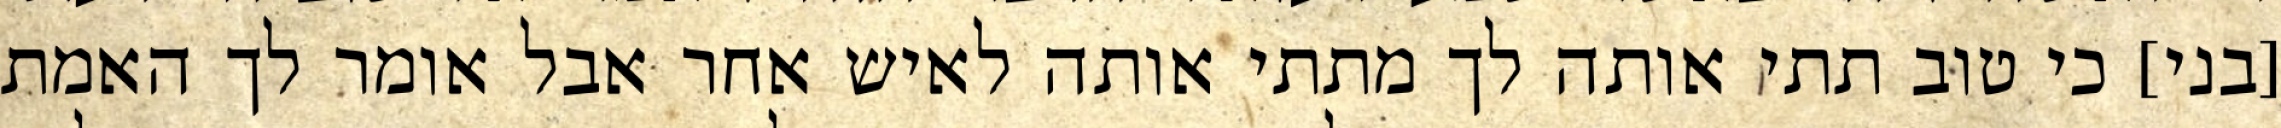
[בני] כי טוב תתי אותה לך מתתי אותה לאיש אחר אבל אומר לך האמת